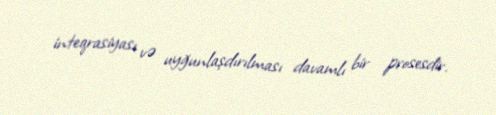
inteqrasiyası və uyğunlaşdırılması davamlı bir prosesdir.